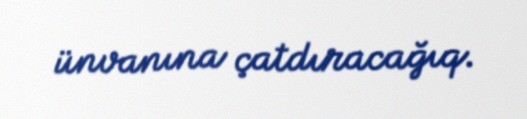
ünvanına çatdıracağıq.